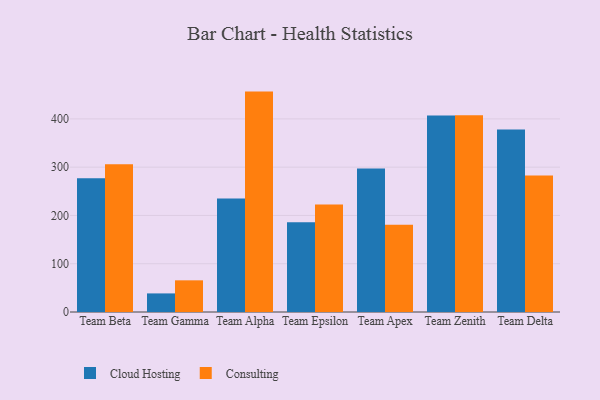
{"axis": {"x": "Team", "y": "Headcount"}, "legend": ["Cloud Hosting", "Consulting"], "data": [{"x": "Team Beta", "y": 277.2, "type": "Cloud Hosting"}, {"x": "Team Beta", "y": 306.2, "type": "Consulting"}, {"x": "Team Gamma", "y": 38.5, "type": "Cloud Hosting"}, {"x": "Team Gamma", "y": 65.6, "type": "Consulting"}, {"x": "Team Alpha", "y": 235.2, "type": "Cloud Hosting"}, {"x": "Team Alpha", "y": 456.5, "type": "Consulting"}, {"x": "Team Epsilon", "y": 185.9, "type": "Cloud Hosting"}, {"x": "Team Epsilon", "y": 222.8, "type": "Consulting"}, {"x": "Team Apex", "y": 297.1, "type": "Cloud Hosting"}, {"x": "Team Apex", "y": 180.5, "type": "Consulting"}, {"x": "Team Zenith", "y": 407.2, "type": "Cloud Hosting"}, {"x": "Team Zenith", "y": 407.5, "type": "Consulting"}, {"x": "Team Delta", "y": 377.8, "type": "Cloud Hosting"}, {"x": "Team Delta", "y": 282.7, "type": "Consulting"}]}